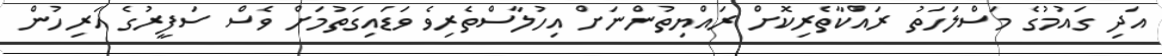
އަދި ގައުމުގެ މަސްލަހަތު ރައްކާތެރިކޮށް ރައްޔިތުންނަށް އިހުލާސްތެރިވެ ވަޑައިގަތުމަށް ވެސް ސަފީރުގެ އަރިހުން